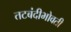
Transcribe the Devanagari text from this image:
तटबंदीभोवती